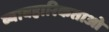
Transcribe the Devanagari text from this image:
व्यावहारिकताओ